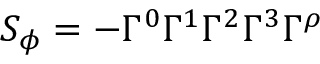
S _ { \phi } = - \Gamma ^ { 0 } \Gamma ^ { 1 } \Gamma ^ { 2 } \Gamma ^ { 3 } \Gamma ^ { \rho }